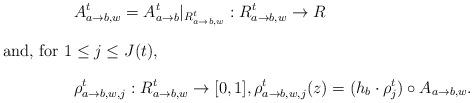
LaTeX: \begin{align*}&A_{a\to b,w}^{t}=A_{a\to b}^{t}|_{R^t_{a\to b, w}}:R^t_{a\to b, w}\to R\intertext{and, for $1\le j\le J(t)$,}&\rho^t_{a\to b,w,j}:R^t_{a\to b,w}\to [0,1], \rho^t_{a\to b,w,j}(z)=(h_b\cdot \rho_j^t)\circ A_{a\to b,w}.\end{align*}